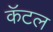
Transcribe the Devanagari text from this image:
कॅटल